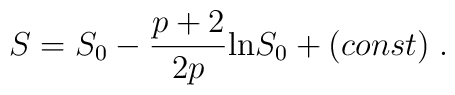
S = S_0 - \frac{p + 2}{2 p} {\rm ln} S_0 + (const) \; .